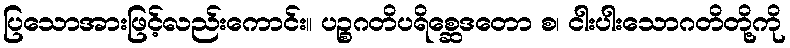
ပြသောအားဖြင့်လည်းကောင်း။ ပဉ္စဂတိပရိစ္ဆေဒတော စ၊ ငါးပါးသောဂတိတို့ကို